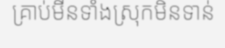
គ្រាប់មីនទាំងស្រុកមិនទាន់